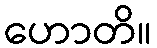
ဟောတိ။